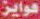
هوایز